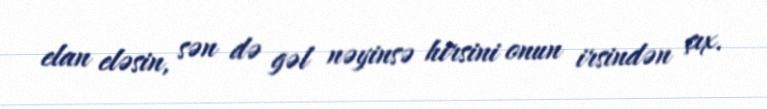
elan eləsin, sən də gəl nəyinsə hirsini onun irsindən çıx.